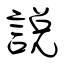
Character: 說